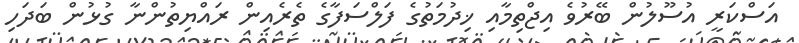
އަސްކަރީ އުސޫލުން ބޭރުވެ އިޖްތިމާއި ޚިދުމަތުގެ ފަލްސަފާގެ ތެރެއިން ރައްޔިތުންނާ ގުޅުން ބަދަހި